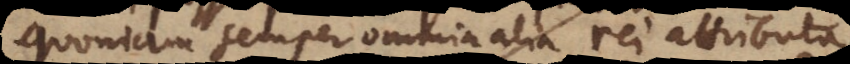
quoniam semper omnia alia rei attributa